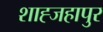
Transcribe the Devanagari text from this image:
शाह्जहापुर